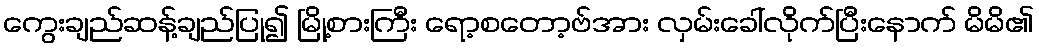
ကွေးချည်ဆန့်ချည်ပြု၍ မြို့စားကြီး ရော့စတော့ဗ်အား လှမ်းခေါ်လိုက်ပြီးနောက် မိမိ၏